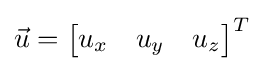
{\vec {u}}={\begin{bmatrix}u_{x}&u_{y}&u_{z}\end{bmatrix}}^{T}